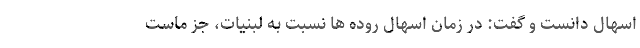
اسهال دانست و گفت: در زمان اسهال روده ‌ها نسبت به لبنیات، جز ماست